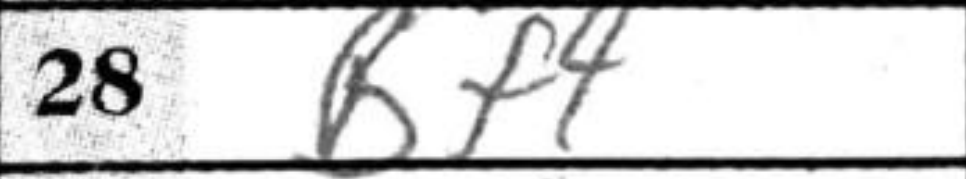
Transcription: Bf4